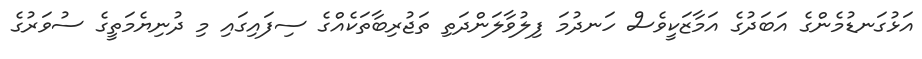
އަޅުގަނޑުމެންގެ އަބަދުގެ އަމާޒަކީވެސް ހަނދުމަ ފިލުވާލަންދަތި ތަޖުރިބާތަކެއްގެ ސިފައިގައި މި ދުނިޔެމަތީގެ ސުވަރުގެ